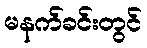
မနက်ခင်းတွင်